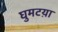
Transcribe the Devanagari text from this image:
घुमटय़ा